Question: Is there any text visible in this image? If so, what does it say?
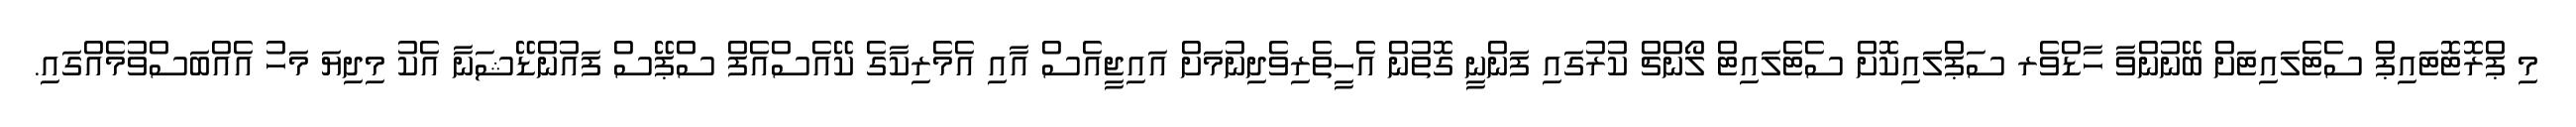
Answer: މި ޕްރޮޓޮޓައިޕް ސެޓެލައިޓަށް ބޭނުންވާ ހާޑްވެރ ސަޕްލައިކޮށް ސެޓެލައިޓް ލޯންޗް ކުރުގައި ފަންނީ ގޮތުން އެހީތެރިވެދިނުމަށް އައިޖީއެސް އާއި އެމެރިކާގެ ކޭއެސްއެފް ސްޕޭސް ފައުންޑޭޝަނާ އެކު މިދިޔަ މަހު އެއްބަސްވުމެއްގައި.